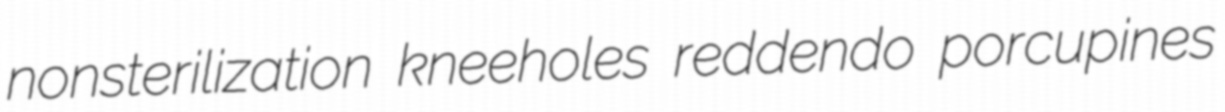
nonsterilization kneeholes reddendo porcupines